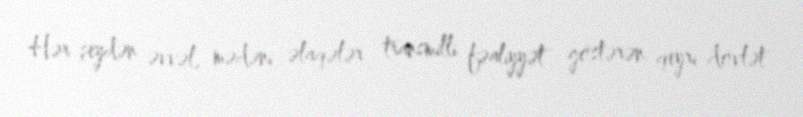
Hər şeydən əvvəl, mədəni əlaqələr transmilli fəaliyyət göstərən qeyri-dövlət